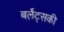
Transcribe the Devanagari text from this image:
बर्लेट्सकी